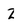
Character: Z